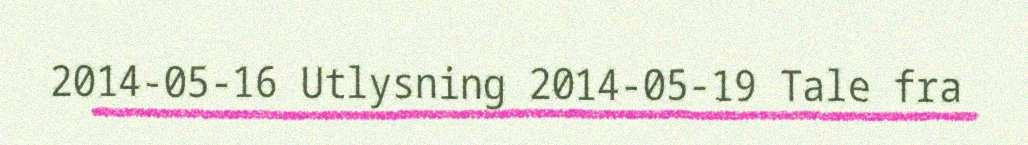
2014-05-16 Utlysning 2014-05-19 Tale fra